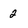
Character: 2